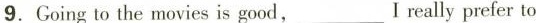
9.Going to the movies is good,___I really prefer to